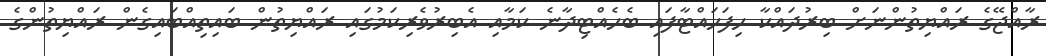
ރާއްޖޭގެ ރައްޔިތުންނަށް ބިރުދައްކާ ހިފަހައްޓާފައި ބެހެއްޓިދާނެ ކަމާއި އެބިރުވެރިކަމުގައި ރައްޔިތުން ބައިތިއްބައިގެން ރައްޔިތުންގެ